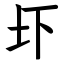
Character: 圷